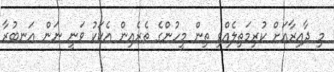
މި ދާއިރާއަށް ކުރިމަތިލެއްވި ތިން މީހުންގެ ތެރެއިން އެކަކު ވަނީ ނަން އަނބުރާ